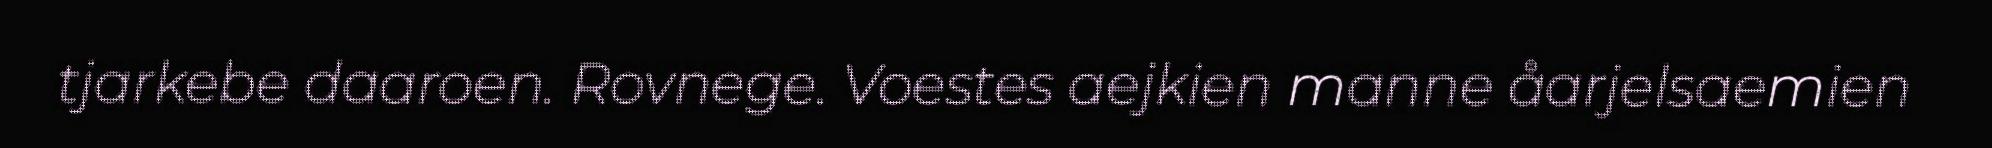
tjarkebe daaroen. Rovnege. Voestes aejkien manne åarjelsaemien